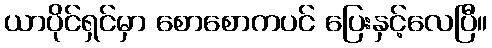
ယာပိုင်ရှင်မှာ စောစောကပင် ပြေးနှင့်လေပြီ။